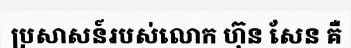
ប្រសាសន៍របស់លោក ហ៊ុន សែន គឺ